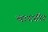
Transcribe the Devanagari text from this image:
बागडौर